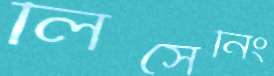
লিসেনিং